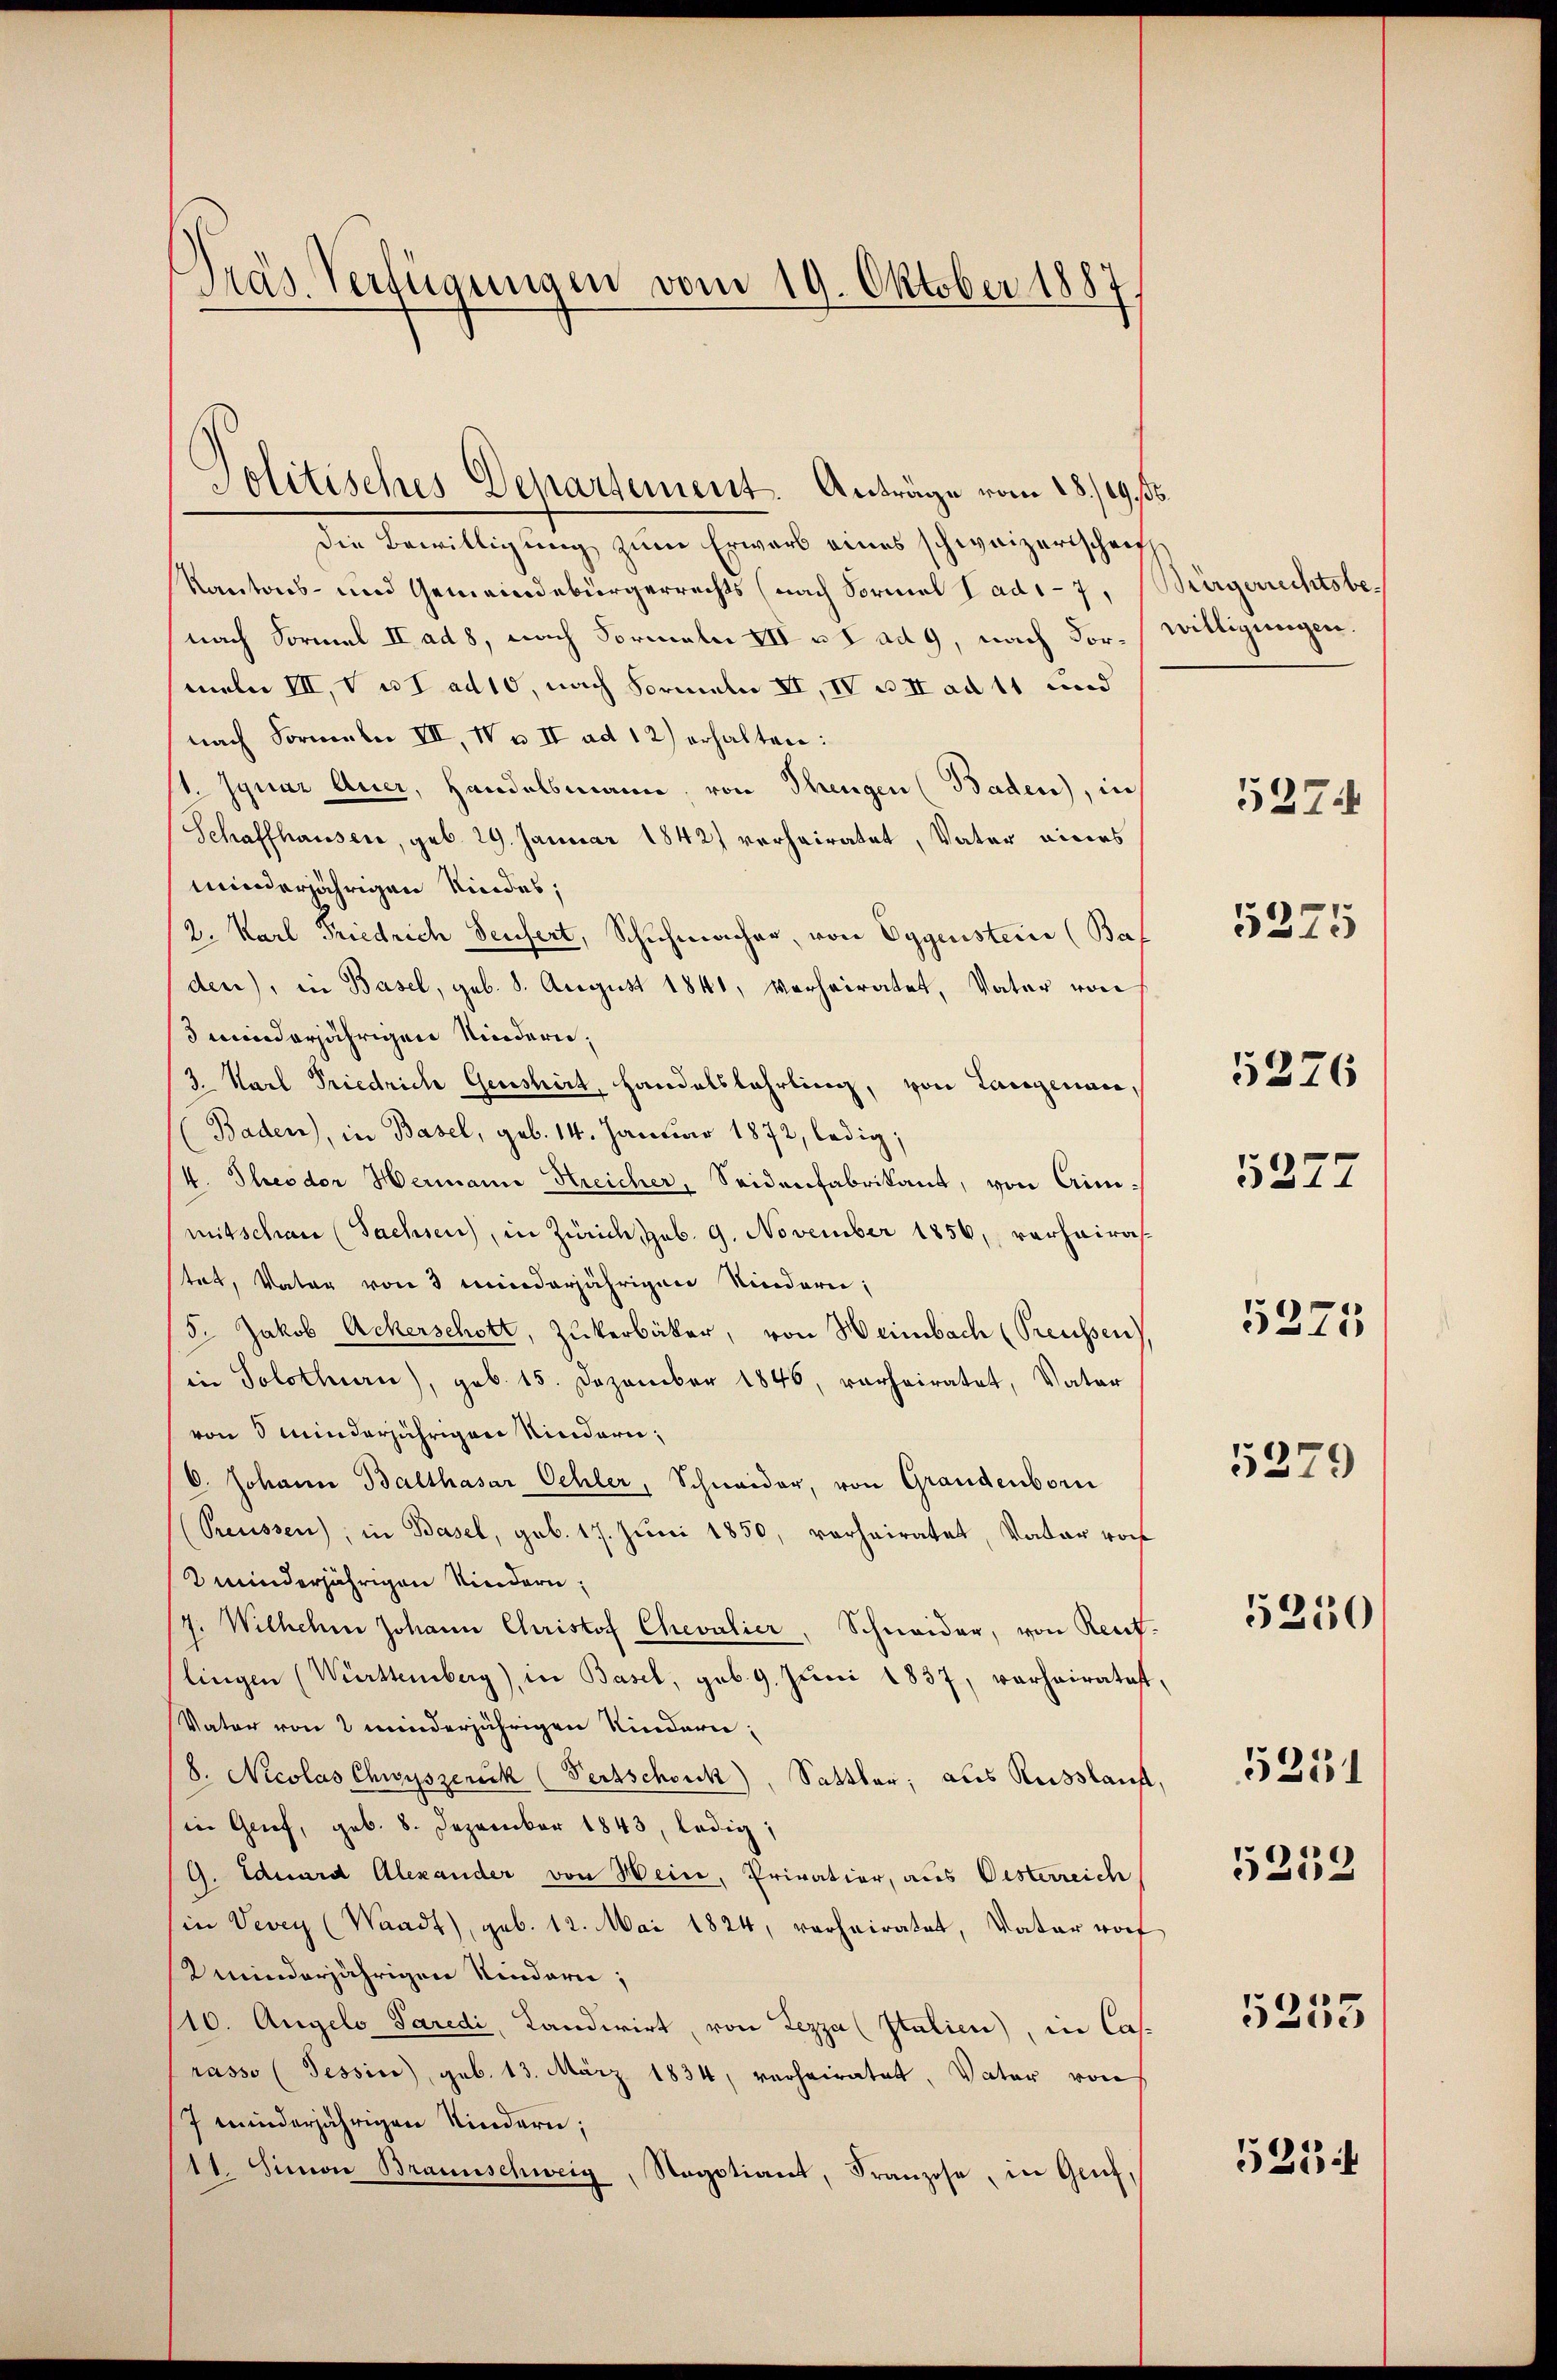
Präs. Verfügungen vom 19. Oktober 1887.

Politisches Departement. Anträge vom 28./29. 50.
die Bewilligung zum Erwarb eines schweizerischriff,
Kantons- und Gemeindebürgerrechts (nach Formal Tadi-7, Bürgerrechtsbenach Formel II ad 8, nach Formeln VII u. I ad 9, nach For- willigungen.
meln III, V u. I ad 10, nach Formeln II, IV u. II ad 11 und
nach Formale III, IV u. II ad 12) erhalten:
11. Ignaz Auer, Handelsmann, von Thengen (Baden), in
Schaffhauser, geb. 29. Januar 1842 verheiratet, Vater eines
minderjährigen Kindes;
2. Karl Friedrich Teufert, Schuhmacher, von Eggensteine (Baf
den), in Basel, geb. 8. August 1841, verheiratet, Vater von
3 minderjährigen Kindern,
3. Karl Friedrich Genshirt, Handelslehrling, von Lanzenau,
(Baden), in Basel, geb. 14. Januar 1872, ledig;
(4. Theodor Hermann Streicher, Seidenfabrikant, von Aim-
mitschau (Sachsen, in Zürich, geb. 9. November 1856, verhairas-
tat, Vater von 3 minderjährigen Kindern;
5. Jakob Ackerschott, Zukerbäcker, von Heimbach (Preussen),
in Solothurn), geb. 15. Dezember 1846, verheiratet, Vater
von 5 Minderjährigen Niedern,
O. Johann Balthasar Oehler, Schwaider, von Grandenborn
Reussen), in Basel, geb. 17. Juni 1850, vorheiratet, Vater roch
2 minderjährigen Kindern,
/7. Wilhelm Johann Christof Chevalier, Schneider, von Rect
lingen (Württemberg), in Basel, geb. 9. Jŭni 1837, verheiratet,
Vater von 2 minderjährigen Kindern
8. Nicolas Chwyszeruk (Pertschick), Sattler, aus Russland,
in Grief, geb. 8. Dezember 1843, ledig,
G. Eduard Alexander von Hein, Privation, aus Oesterreich
in Vevey (Waadt), geb. 12. Mai 1824, verheiratet, Vater vorf
Uminderjährigen Kindern;
10. Augelo Paredi, Landwirt, von Lezza (Italien), in Casrasso (Tessin, geb. 13. März 1834, verheiratet, Vater von
7 minderjährigen Kindern;
11. Sina Braunschweig
Negotiant, Franzose, in Genf,

5374

5375

5226

5277
5275
5379

5250

5253

5231

5253

525